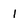
Character: 1